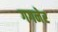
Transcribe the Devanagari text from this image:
गगनेर